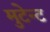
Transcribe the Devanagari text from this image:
मुटेन्ट